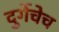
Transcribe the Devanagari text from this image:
दुर्गेचेच